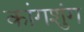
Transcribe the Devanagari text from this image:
कांगशुंग